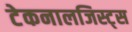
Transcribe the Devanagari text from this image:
टेकनालजिस्ट्‌स